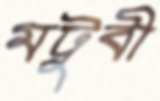
মটুবী